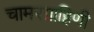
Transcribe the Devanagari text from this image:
चामरग्राहिणी